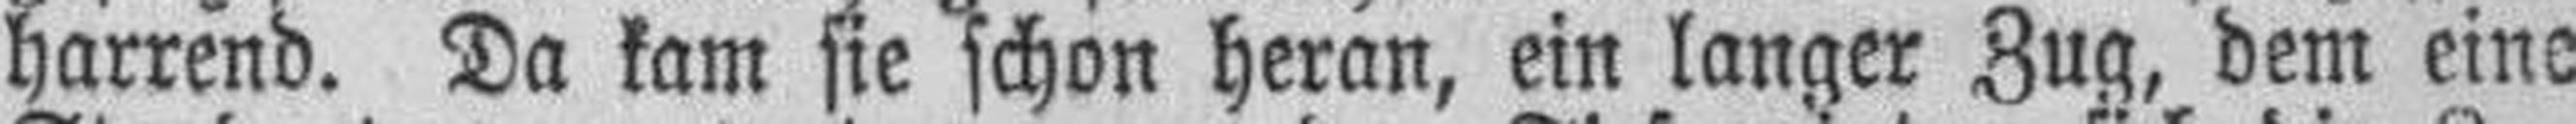
harrend. Da kam sie schon heran, ein langer Zug, dem eine